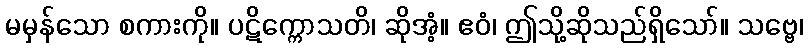
မမှန်သော စကားကို။ ပဋိက္ကောသတိ၊ ဆိုအံ့။ ဧဝံ၊ ဤသို့ဆိုသည်ရှိသော်။ သဗ္ဗေ၊